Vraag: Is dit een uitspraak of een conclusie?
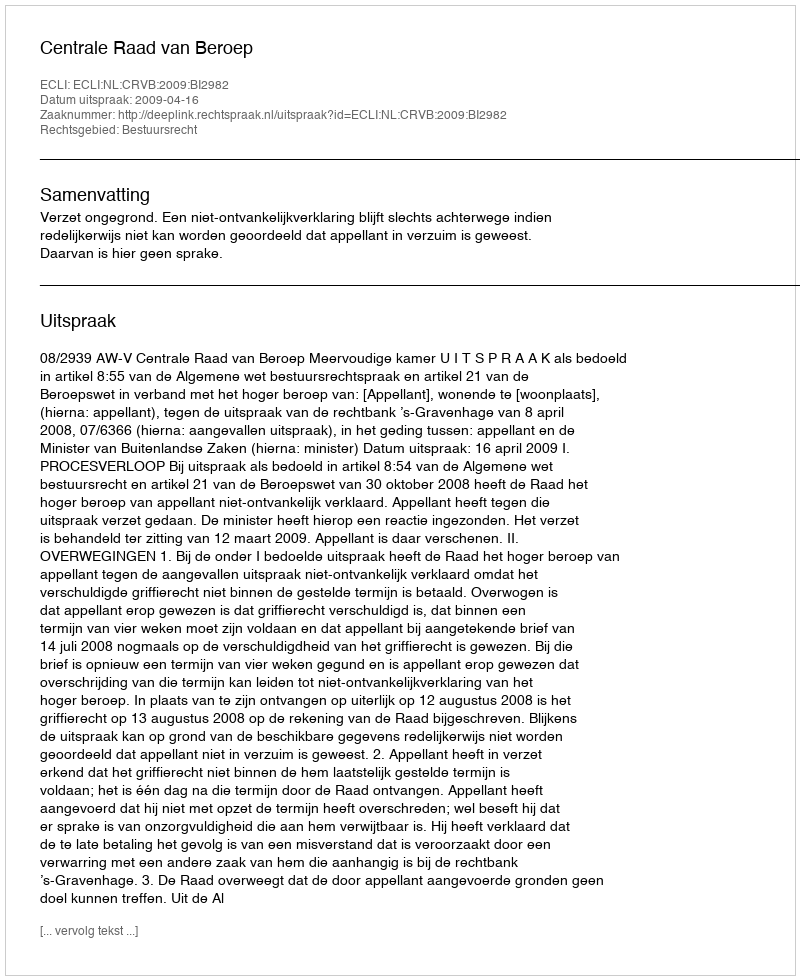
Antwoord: Uitspraak